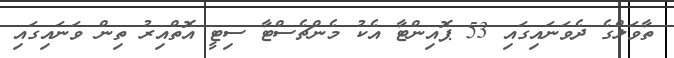
ތާވަލްގެ ދެވަނައިގައި 53 ޕޮއިންޓާ އެކު މެންޗެސްޓާ ސިޓީ އޮތްއިރު ތިން ވަނައިގައި